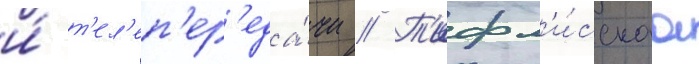
и́ т'ел'еп'ер'еда́чи // Т'ифл'и́сскаа